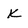
Character: K